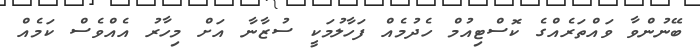
ބޭނުންވާ ވައްތަރެއްގެ ކޮސްޓިއުމް ހެދުމެއް ފަހާލުމަކީ ސުޒާނާ އަށް މިހާރު އެއްވެސް ކަމެއް